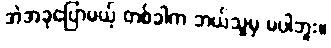
အဲအခုပြောမယ့် တစ်ခါက ဘယ်သူမှ မပါဘူး။